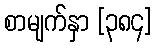
စာမျက်နှာ [၃၈၄]